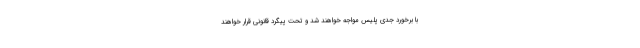
با برخورد جدی پلیس مواجه خواهند شد و تحت پیگرد قانونی قرار خواهند